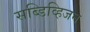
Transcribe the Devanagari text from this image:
सब्डिव्हिजन